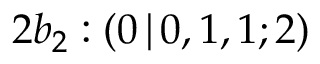
2 b _ { 2 } : ( 0 \, | \, 0 , 1 , 1 ; 2 )